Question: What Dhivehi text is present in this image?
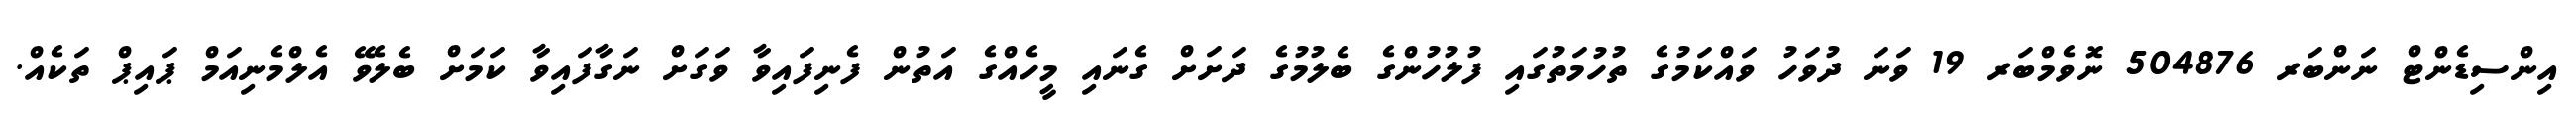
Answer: އިންސިޑެންޓް ނަންބަރ 504876 ނޮވެމްބަރ 19 ވަނަ ދުވަހު ވައްކަމުގެ ތުހުމަތުގައި ފުލުހުންގެ ބެލުމުގެ ދަށަށް ގެނައި މީހެއްގެ އަތުން ފެނިފައިވާ ވަގަށް ނަގާފައިވާ ކަމަށް ބެލެވޭ އެލްމެނިއަމް ޕައިޕް ތަކެއް.